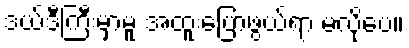
ဒယ်ဒီကြီးမှာမူ အထူးပြောဖွယ်ရာ မလိုပေ။